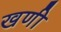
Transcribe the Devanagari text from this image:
खणी